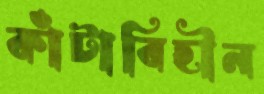
কাঁটাবিহীন